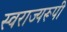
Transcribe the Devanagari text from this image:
स्वराज्यरूपी